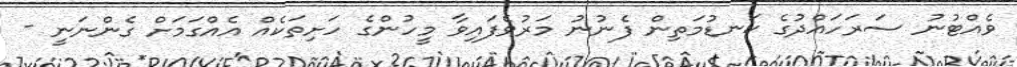
ވެއްޓުނު ސަރަހައްދުގެ ކަނޑުމަތިން ފެނުނު މަރުވެފައިވާ މީހުންގެ ހަށިތަކެއް އެއްގަމަށް ގެންނަނީ -